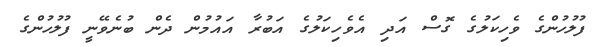
ފުލުހުންގެ ވެހިކަލުގެ ގޮސް އަދި އެވެހިކަލުގެ އަބުރާ އައުމުން ދެން ބުނެވޭނީ ފުލުހުންގެ